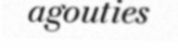
agouties